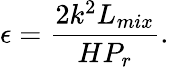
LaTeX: \epsilon=\frac{2k^{2}L_{mix}}{HP_{r}}.